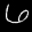
Label: 6